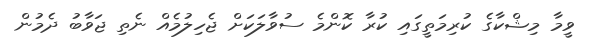
ވީމާ މިޝްކާގެ ކުރިމަތީގައި ކުރާ ކޮންމެ ސުވާލަކަށް ޖެހިލުމެއް ނެތި ޖަވާބު ދެމުން